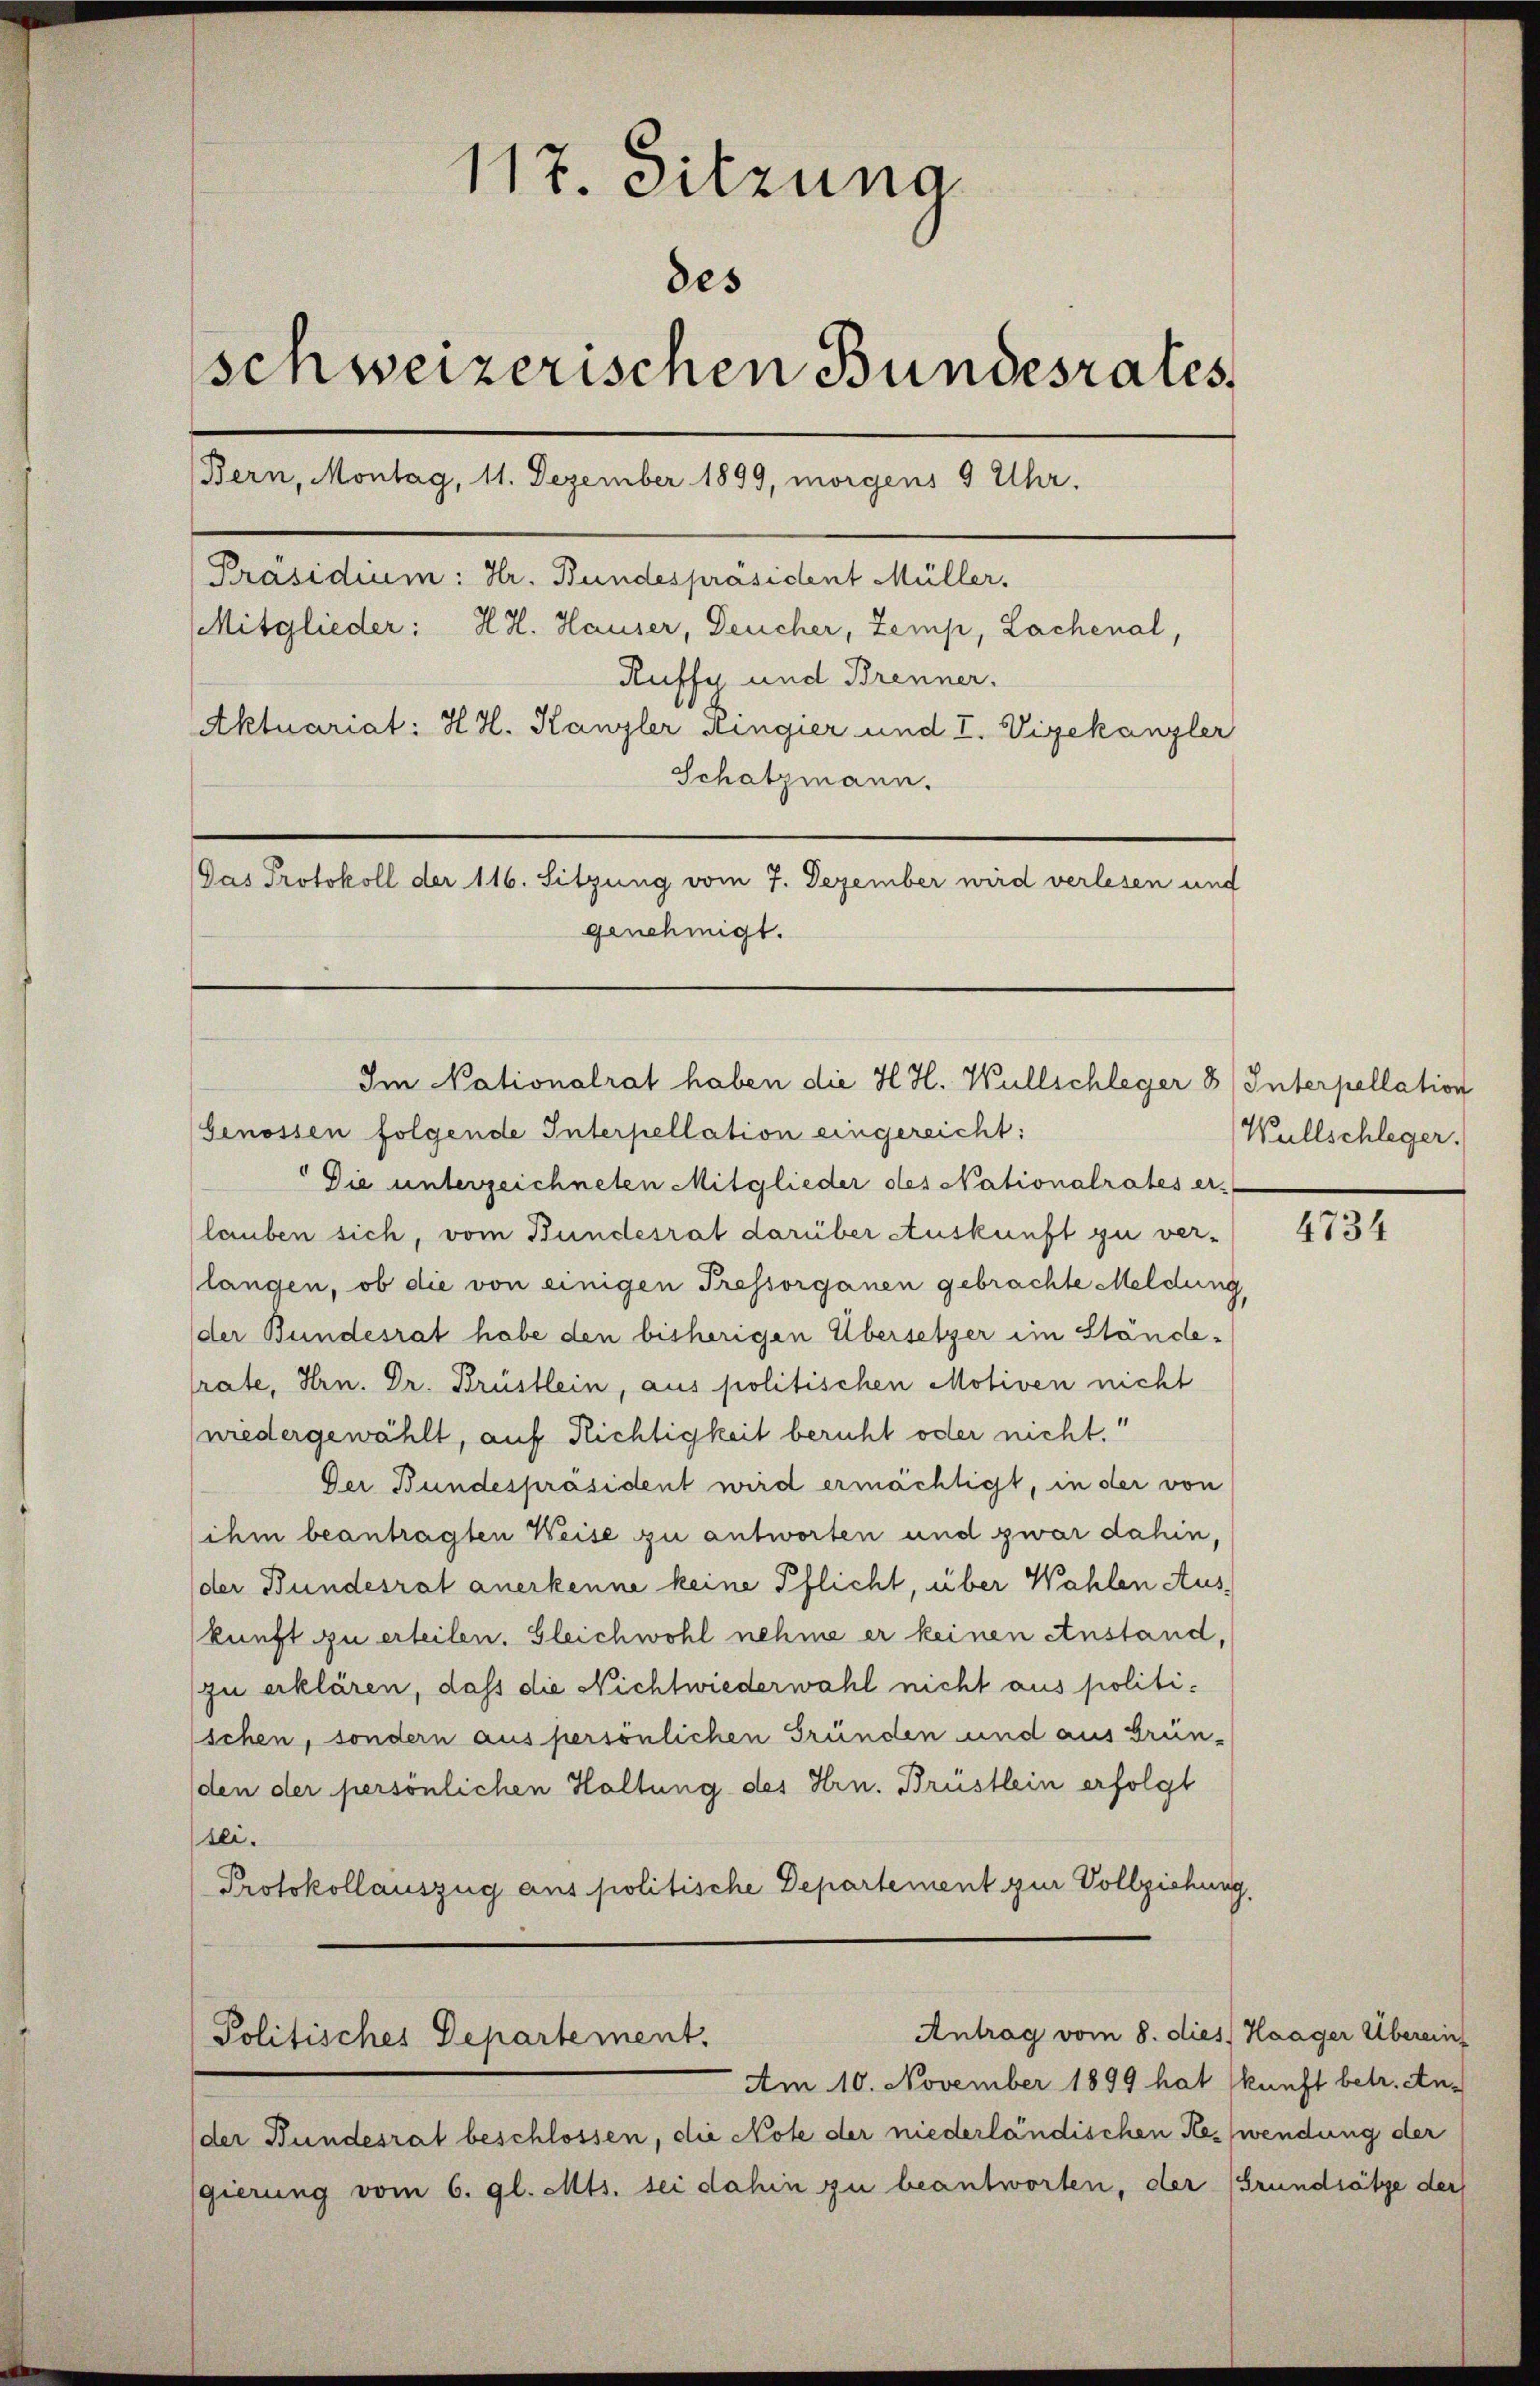
1
117. Sitzung
des
schweizerischen Bundesrates.
Bern, Montag, 11. Dezember 1899, morgens 9 Uhr.
Präsidium: Hr. Bundespräsident Müller,
Mitglieder: H. H. Hauser, Deucher, Zemp, Lachenal,
Ruffy und Brenner.
Aktuariat: H. H. Kanzler Kingier und I. Vizekanzler
Schatzmann.

Gas Protokoll der 116. Sitzung vom 7. Dezember wird verlesen und
genehmigt.

Genossen folgende Interpellation eingereicht:
Die unterzeichneten Mitglieder des Nationalrates er-
lauben sich, vom Bundesrat darüber Auskunft zu ver¬
(langen, ob die von einigen Pressorganen gebrachte Meldung,
(der Bundesrat habe den bisherigen Übersetzer im Ständerate, Hrn. Dr. Brüstlein, aus politischen Motiven nicht
wiedergewählt, auf Richtigkeit beruht oder nicht.
Der Bundespräsident wird ermächtigt, in der von
ihm beantragten Weise zu antworten und zwar dahin,
der Bundesrat anerkenne keine Pflicht, über Wahlen Auskunft zu erteilen. Gleichwohl nehme er keinen Anstand,
zu erklären, dass die Nichtwiederwahl nicht aus politischen, sondern aus persönlichen Gründen und aus Grün-
den der persönlichen Haltung des Hrn. Brüstlein erfolgt
sei.
Protokollauszug aus politische Departement zur Vollziehung,

Im Nationalrat haben die H. H. Wullschleger 8/ Interpellation

Antrag vom 8. dies Haager Überein
Politisches Departement.

(der Bundesrat beschlossen, die Note der niederländischen Kesswendung der
gierung vom 6. gl. Mts. sei dahin zu beantworten, der (Grundsätze der

Am 10. November 1899 hat (kunft betr. An¬

Wullschleger.

4734